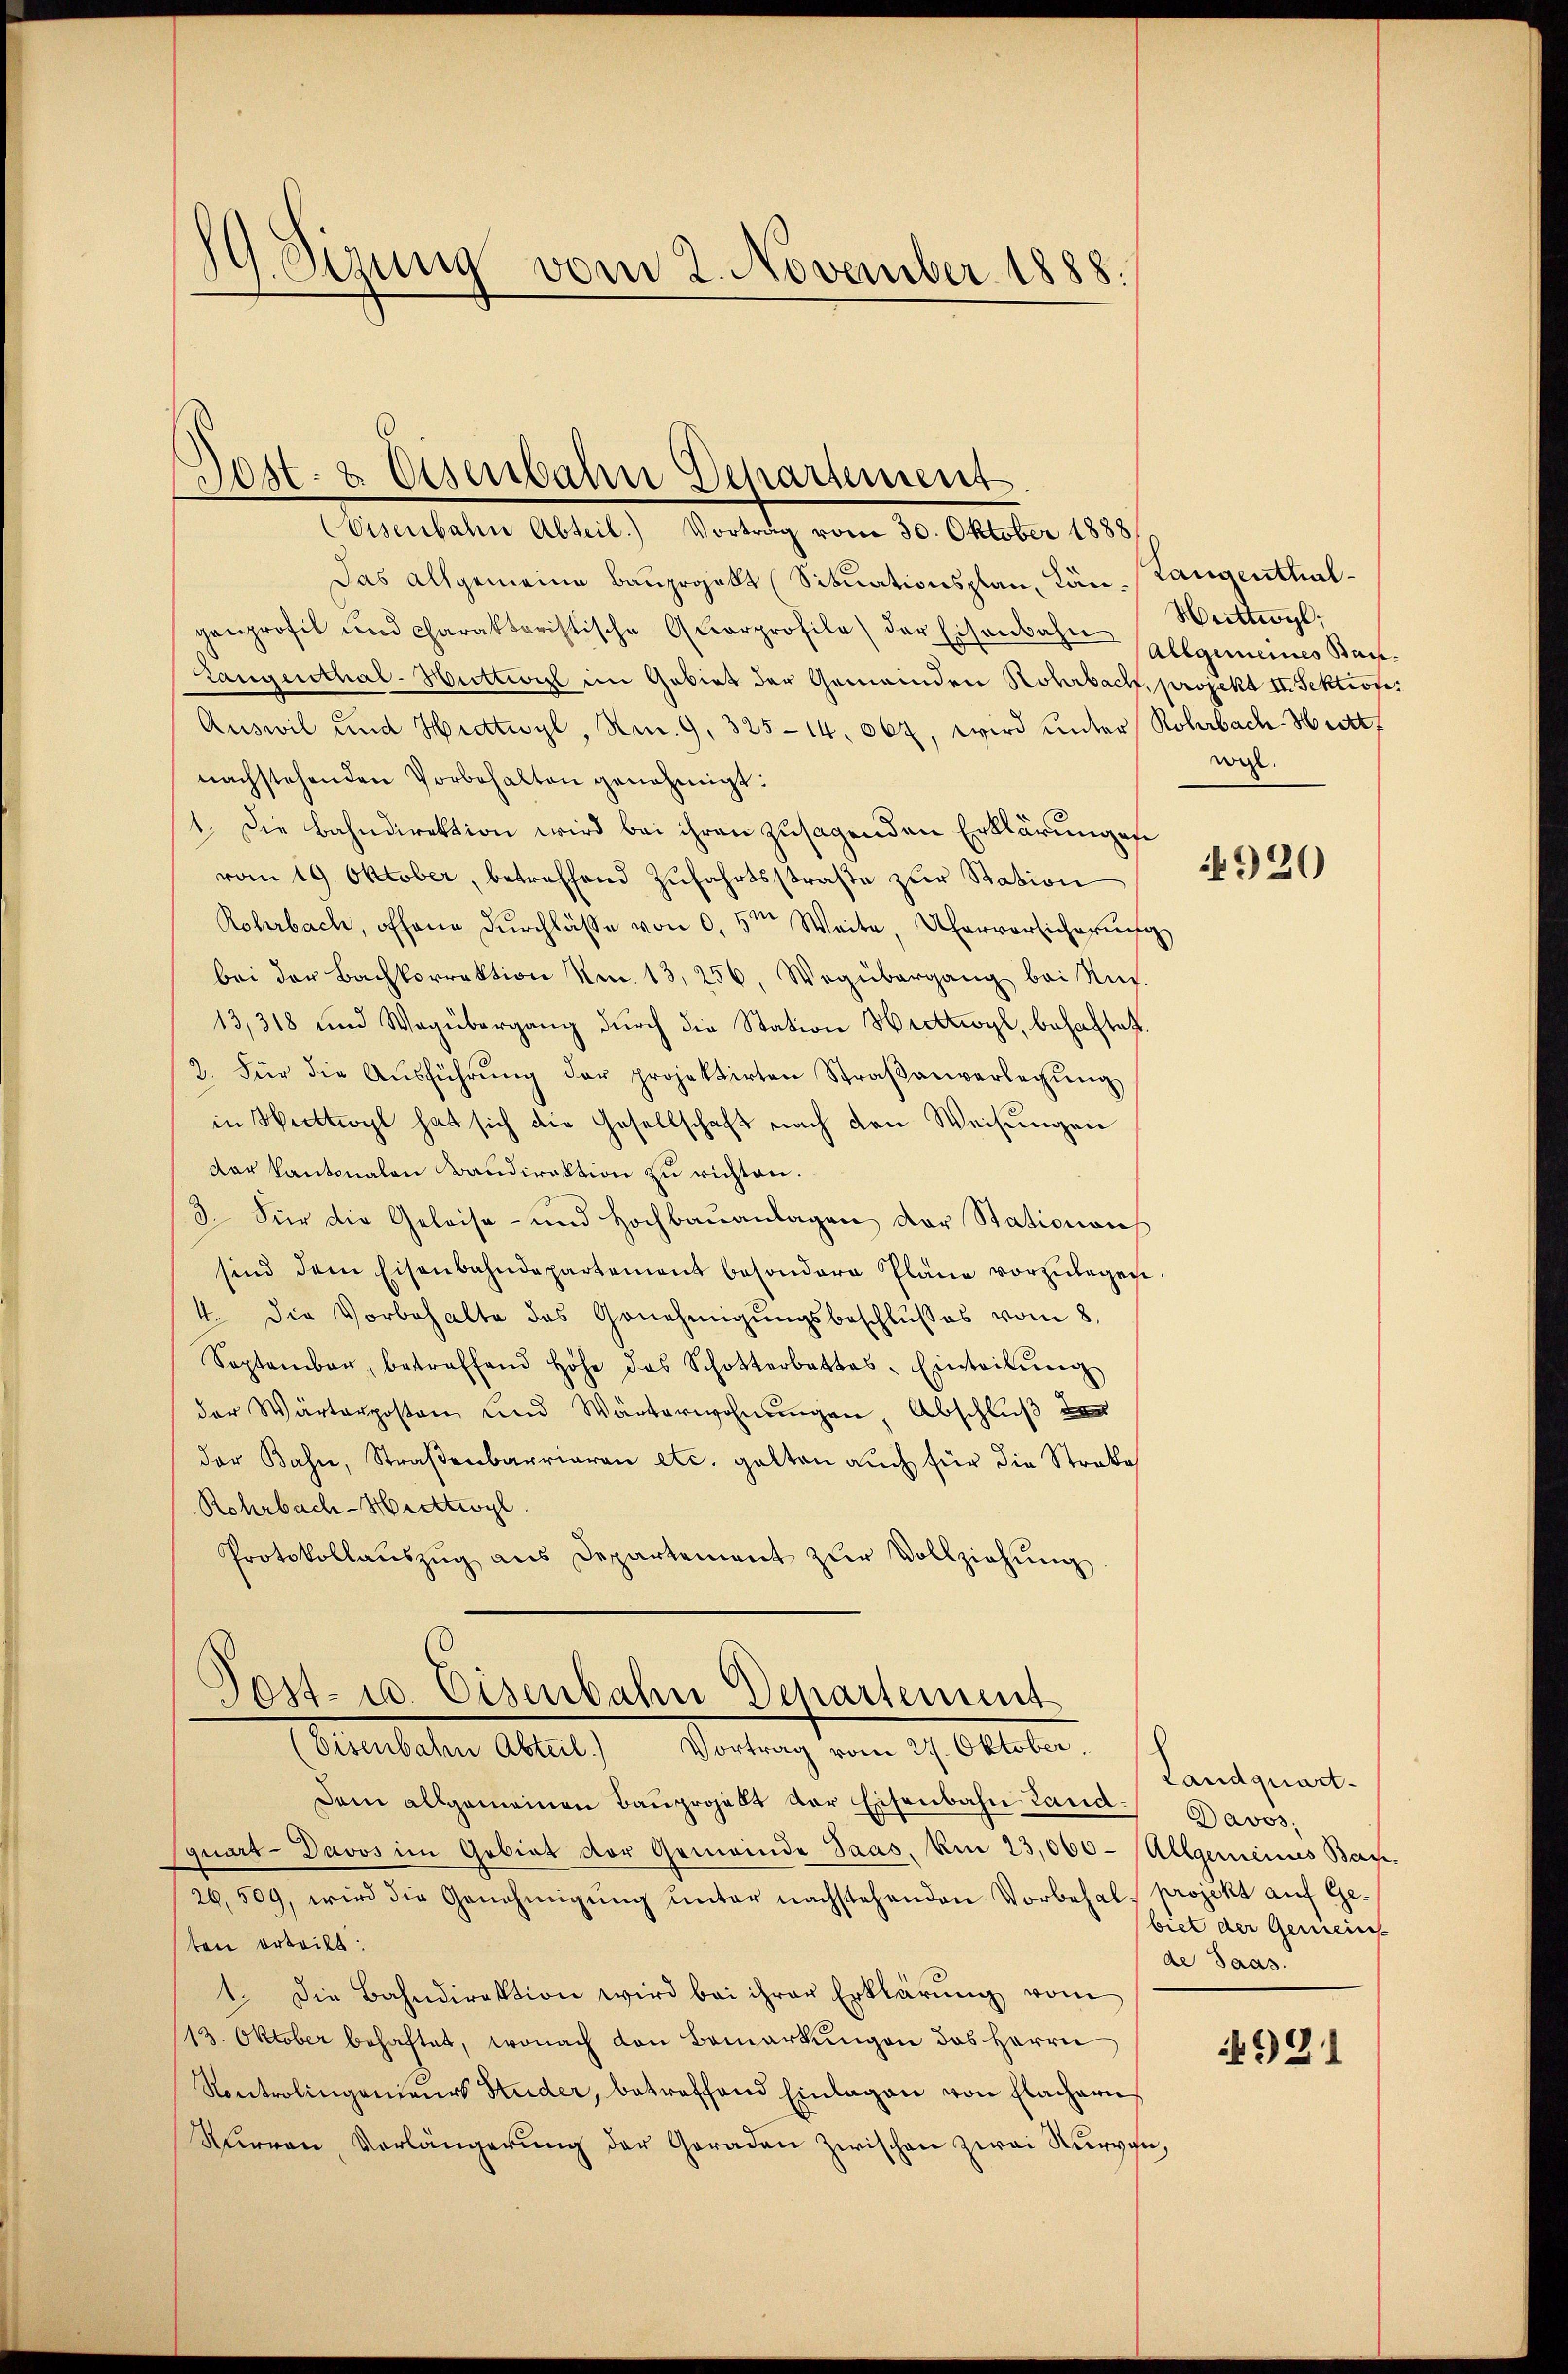
19. Sizung vom 2. November 1888.

Post- & Eisenbahn Departement
Eisenbahn Abteil) Vortrag vom 30. Oktober 1888

Das allgemeine Bauprojekt (Situationsplan, Län-Langenthalgenprofit und charakteristische Qŭarprofile) der Eisenbahn
Langenthal-Huttwill im Gebiet der Gemeinden Hohrbach, projekt II. Sektion
Auswil und Hidtwyl, No. 9, 325-14, 067, wird ŭnter Rohrbach-Hitt
nachstehenden Vorbehalten genehmigt:
1. Die Bahndirektion wird bei ihren zusagenden Erklärungen
vom 19. Oktober, betreffend Zufahrtsstraße zur Station
Rohrbach, offene Dŭrchlasse von 0,5m Weite, hervorsicherŭng
bei der Bachkorrektion Nr. 13, 256, Wegübergang bei Aus-
13,318 und Wegübergang dŭrch die Station Hedttwyl, behaftet.
2. Für die Aŭsführŭng der projektirten Straβanverlegŭng
in Wattwyl hat sich die Gesellschaft nach den Weisungen
der Kantonalen Baudirektion zu richten.
3. Für die Geleise- und Hochbauanlagen der Stationen
sind dem Eisenbahndepartement besondere Pläne vorzŭlegen.
4. die Vorbehalte des Genehmigŭngsbeschlusses vom 8.
September, betreffend Höhe das Schotterbattes-Einteilŭng
der Wärterposten und Wärterwohnungen Abschluß de
der Bahn, Straβenbarrieren etc. galten auch für die Straba
Rohrbach-Hietwyl
Protokollaŭszŭg ans Departement zŭr Vollziehŭng

Dem allgemeinen Bauprojekt der Eisenbahn Land¬
(quart- Davos im Gebiet der Gemeinde Saas. Am 23,000. Allgemeines Bau-
26,509, wird die Genehmigŭng ŭnter nachstehenden Vorbehal- projekt aŭf Ge-
ten erteilt:
1. Die Bahndirektion wird bei ihrer Erklärŭng vom
13. Oktober behaftet, wonach den Bemerkungen das Herrn
Kontrolingenieurs Studer, betreffend Einlagen von Flachern
Kŭrren, Verlängerŭng der Garadaṅ Zwischen zwei Kurven,

Post- u. Eisenbahn Departement
(visenbahn Abteil) Vortrag vom 27. Oktober.

Hrittwyl,
Allgemeines Bauwgl.

920

Landquart.
Davos,
biet der Gemeins
de Saas.

4921